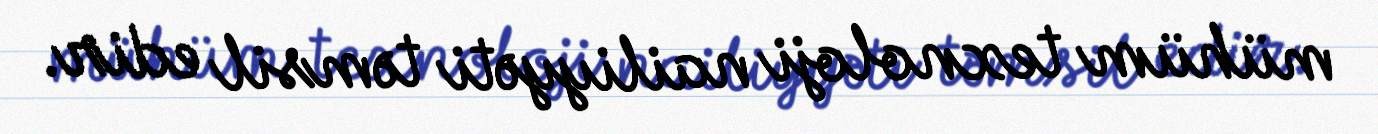
mühüm texnoloji nailiyyəti təmsil edir.